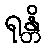
ရုန္တိ